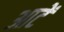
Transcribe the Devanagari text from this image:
आटें